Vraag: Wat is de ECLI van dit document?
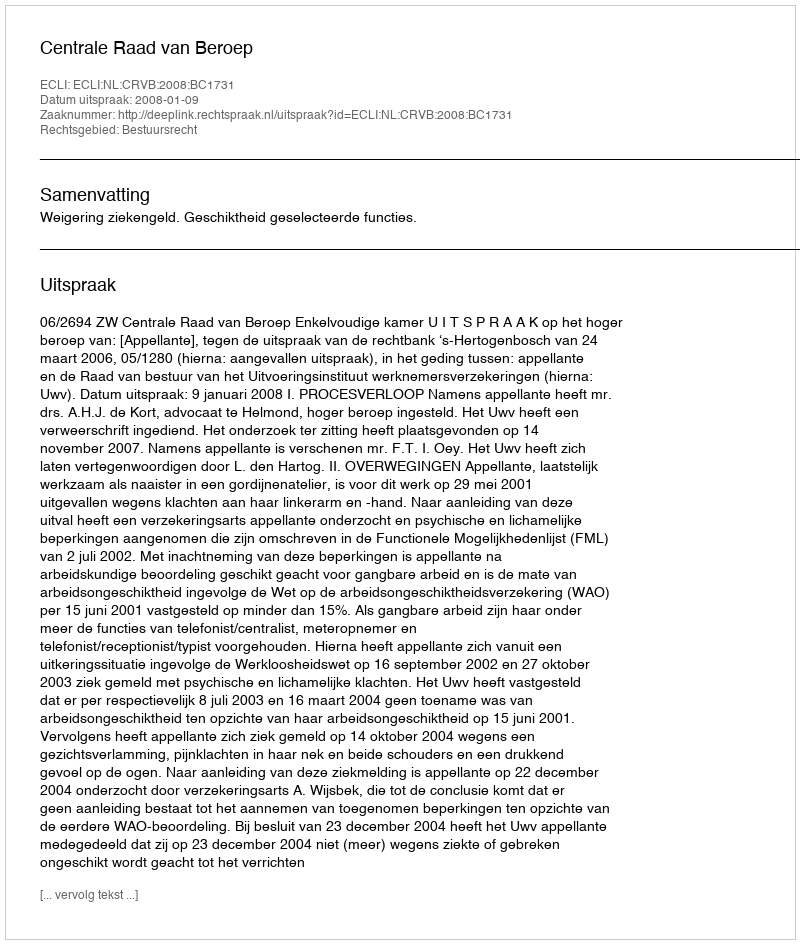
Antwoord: ECLI:NL:CRVB:2008:BC1731